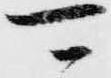
可